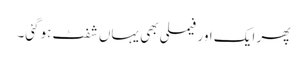
پھر ایک اور فیملی بھی یہاں شفٹ ہوگئی۔